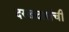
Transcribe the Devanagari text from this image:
दरखदारांची